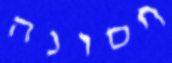
חסונה